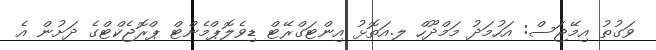
ވަގުތު އިމޭޖަސް: އަހުމަދު މަމްދޫހް ލ.އަތޮޅު އިންޓަގްރޭޓް ޑިވެލޮޕްމެންޓް ޕްރޮޖެކްޓްގެ ދަށުން އެ